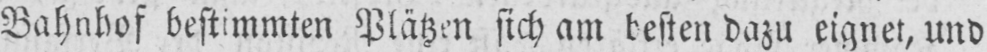
Bahnhof bestimmten Plätzen sich am besten dazu eignet, und